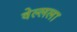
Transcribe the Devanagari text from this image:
वेल्लला